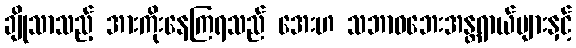
ချိုသာသည့် အားကိုးနေကြရသည် အေးဟ သဘာဝဘေးအန္တရာယ်များနှင့်